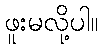
ဖူးမလို့ပါ။